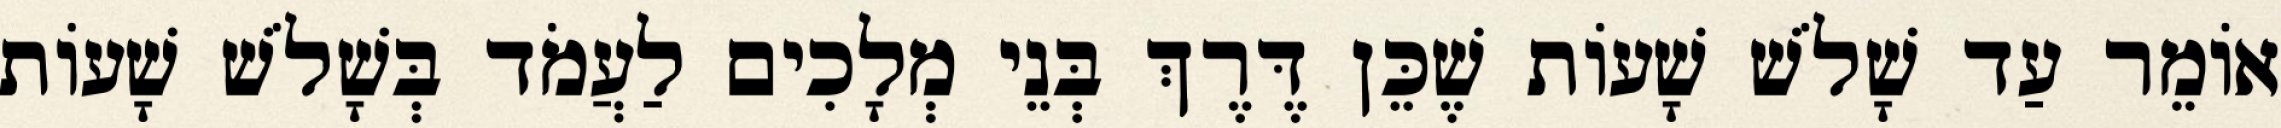
אוֹמֵר עַד שָׁלֹשׁ שָׁעוֹת שֶׁכֵּן דֶּרֶךְ בְּנֵי מְלָכִים לַעֲמֹד בְּשָׁלֹשׁ שָׁעוֹת